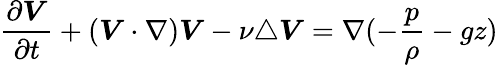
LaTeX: \frac{\partial\boldsymbol{V}}{\partial t}+(\boldsymbol{V}\cdot\nabla)\boldsymbol{V}-\nu\triangle\boldsymbol{V}=\nabla(-\frac{p}{\rho}-gz)